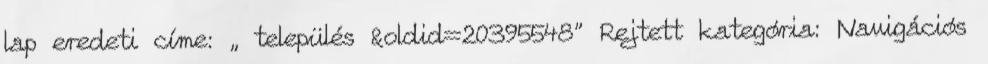
lap eredeti címe: „ település &oldid=20395548” Rejtett kategória: Navigációs